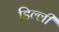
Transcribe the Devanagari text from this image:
डिल्ली